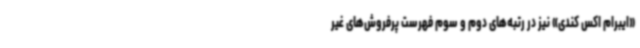
«ایبرام اکس کندی» نیز در رتبه‌های دوم و سوم فهرست پرفروش‌های غیر